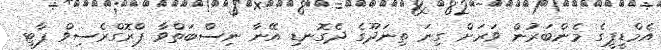
އެމްޑީޕީގެ މެންބަރުން ވަރަށް ގިނަ ތިނަދޫގެ ދެގޮނޑި އޭނާ ނިސްބަތްވާ ޕްރޮގްރެސިވް ޕާޓީ